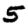
Digit: 5